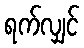
ရက်လျှင်